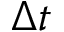
\Delta t